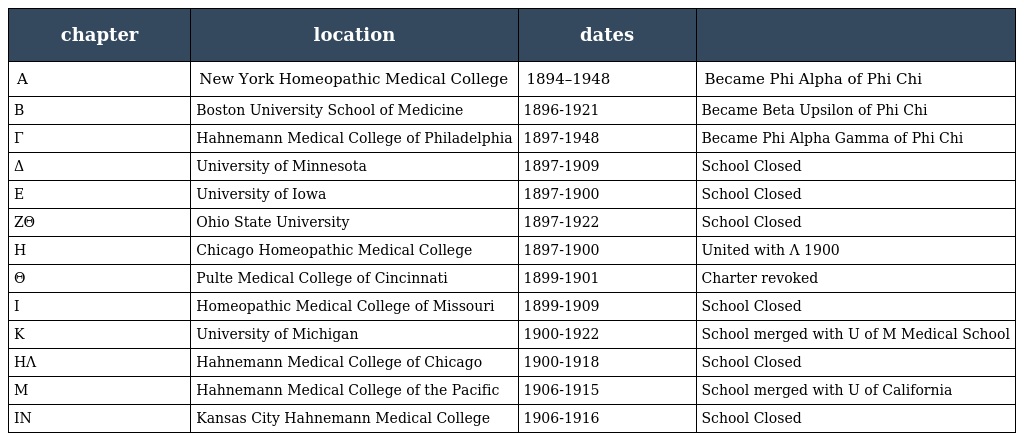
| chapter | location | dates |  |
 | --- | --- | --- | --- |
 | A | New York Homeopathic Medical College | 1894–1948 | Became Phi Alpha of Phi Chi |
 | B | Boston University School of Medicine | 1896-1921 | Became Beta Upsilon of Phi Chi |
 | Γ | Hahnemann Medical College of Philadelphia | 1897-1948 | Became Phi Alpha Gamma of Phi Chi |
 | Δ | University of Minnesota | 1897-1909 | School Closed |
 | E | University of Iowa | 1897-1900 | School Closed |
 | ZΘ | Ohio State University | 1897-1922 | School Closed |
 | H | Chicago Homeopathic Medical College | 1897-1900 | United with Λ 1900 |
 | Θ | Pulte Medical College of Cincinnati | 1899-1901 | Charter revoked |
 | I | Homeopathic Medical College of Missouri | 1899-1909 | School Closed |
 | K | University of Michigan | 1900-1922 | School merged with U of M Medical School |
 | HΛ | Hahnemann Medical College of Chicago | 1900-1918 | School Closed |
 | M | Hahnemann Medical College of the Pacific | 1906-1915 | School merged with U of California |
 | IN | Kansas City Hahnemann Medical College | 1906-1916 | School Closed |